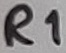
Text: R1